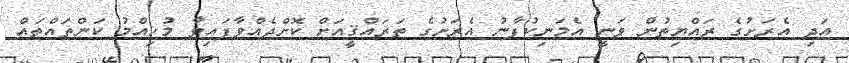
އަދި އެރަށުގެ ރައްޔިތުން ވަނީ އެމަނިކުފާނު އެރަށުގެ ތަރައްޤީއަށް ކޮށްދެއްވާފައިވާ މުހިއްމު ކަންތައްތައް